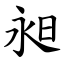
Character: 昶